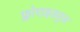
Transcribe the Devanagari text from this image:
फ्लोराइडयुक्त